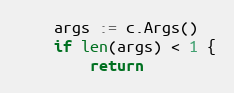
Language: Go
	args := c.Args()
	if len(args) < 1 {
		return